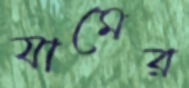
যামের